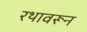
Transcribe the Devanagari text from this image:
रथावरून